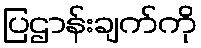
ပြဌာန်းချက်ကို